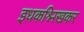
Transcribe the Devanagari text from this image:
इधकश्लिखकर